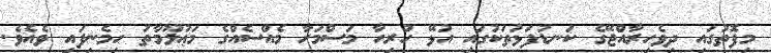
މިފޮތުގައި ދިވެހިރާއްޖޭގެ ކަނޑުފަޅުތަކުގައި އުޅޭ ހުރިހާ މަސްމަހާ މެއްސެއްގެ މަޢުލޫމާތު ހިމެނިފައި ވެއެވެ.